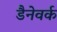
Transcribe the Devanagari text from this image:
डैनेवर्क